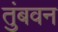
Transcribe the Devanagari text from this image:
तुंबवन